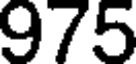
975